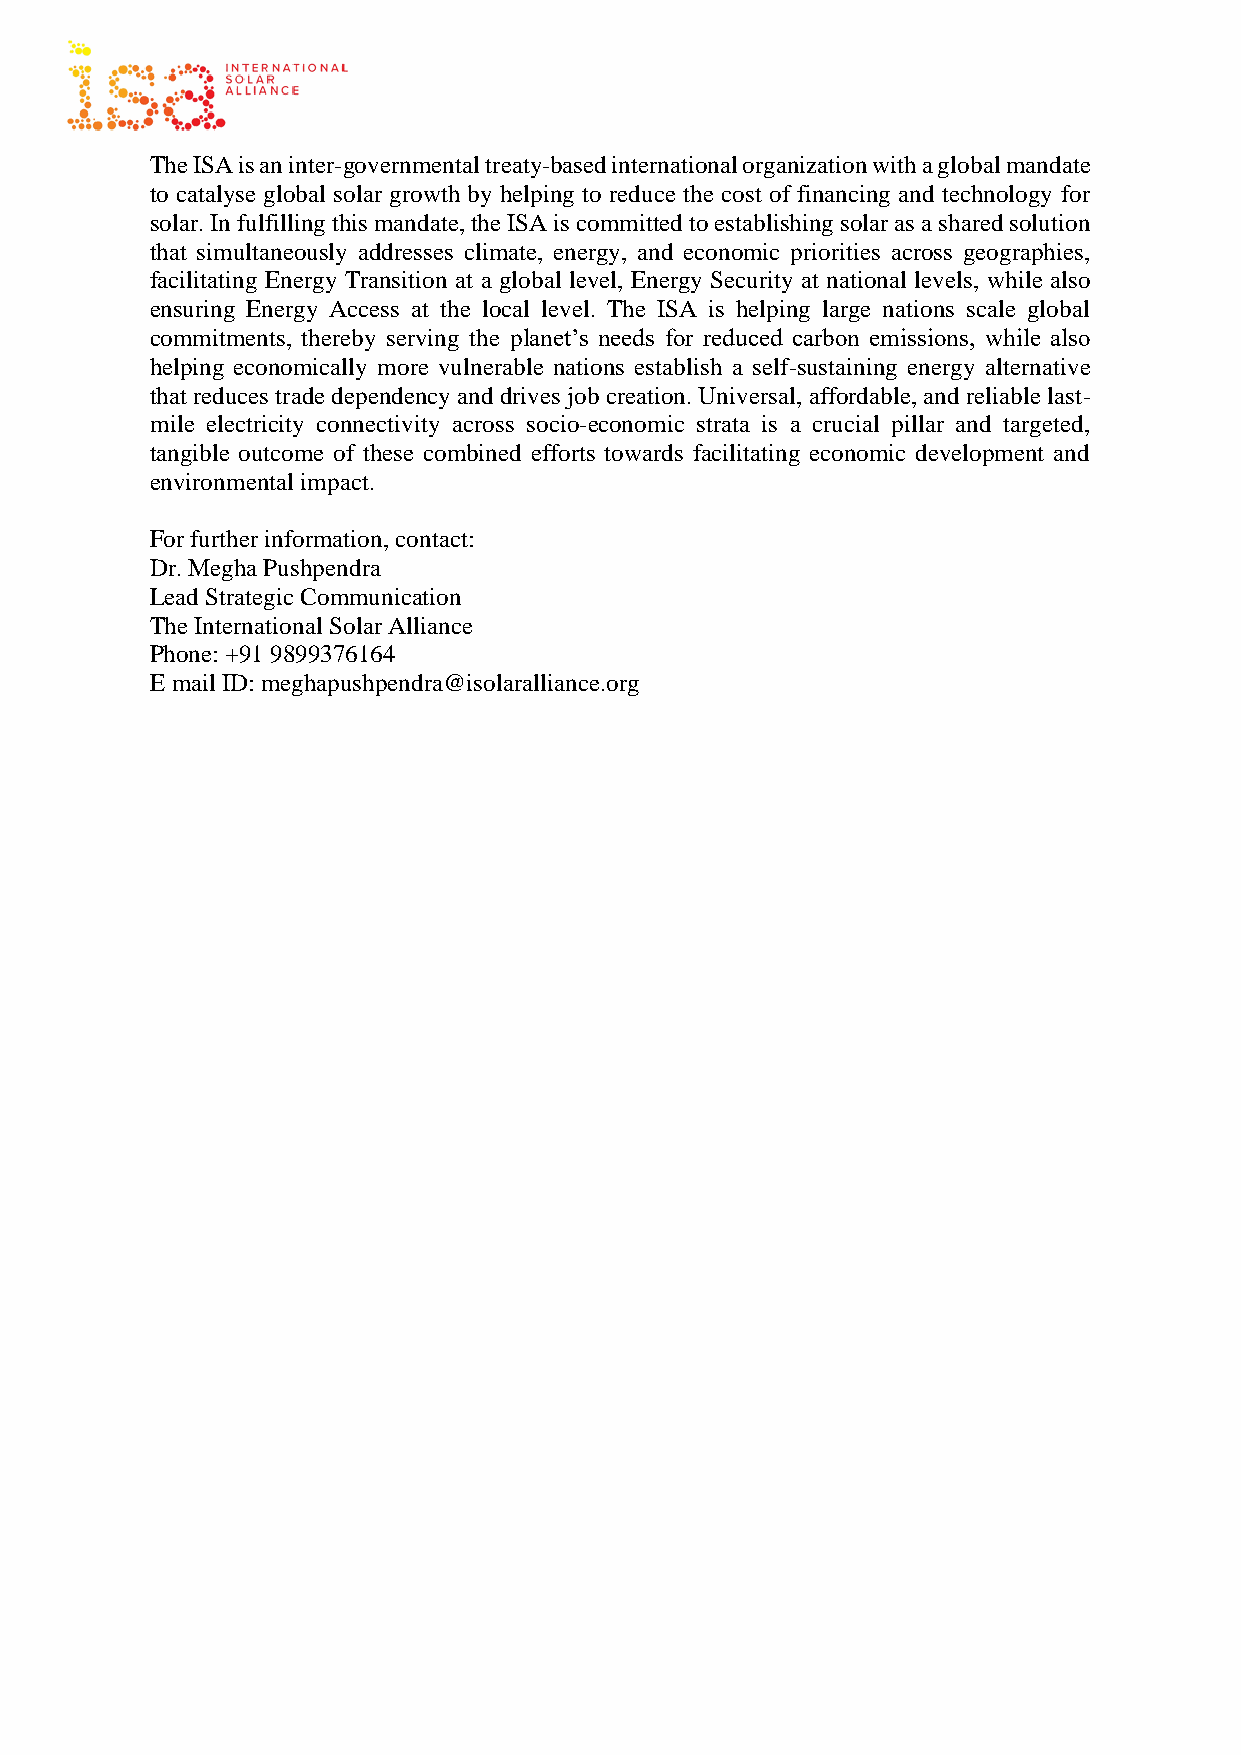
The ISA is an inter-governmental treaty-based international organization with a global mandate
 to catalyse global solar growth by helping to reduce the cost of financing and technology for
 solar. In fulfilling this mandate, the ISA is committed to establishing solar as a shared solution
 that simultaneously addresses climate, energy, and economic priorities across geographies,
 facilitating Energy Transition at a global level, Energy Security at national levels, while also
 ensuring Energy Access at the local level. The ISA is helping large nations scale global
 commitments, thereby serving the planet’s needs for reduced carbon emissions, while also
 helping economically more vulnerable nations establish a self-sustaining energy alternative
 that reduces trade dependency and drives job creation. Universal, affordable, and reliable last-
 mile electricity connectivity across socio-economic strata is a crucial pillar and targeted,
 tangible outcome of these combined efforts towards facilitating economic development and
 environmental impact.
 For further information, contact:
 Dr. Megha Pushpendra
 Lead Strategic Communication
 The International Solar Alliance
 Phone: +91 9899376164
 E mail ID: meghapushpendra@isolaralliance.org